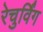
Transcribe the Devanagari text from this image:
रेचुर्विंग